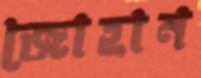
জোহান